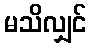
မသိလျှင်